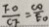
\frac { F O } { C F } = \frac { C O } { E O }